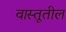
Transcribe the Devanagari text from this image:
वास्तूतील